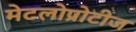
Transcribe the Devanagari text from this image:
मेटलोप्रोटीज